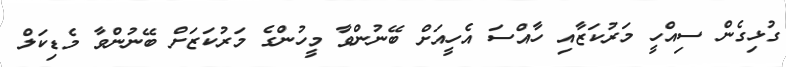
ގުޅިގެން ސިއްހީ މަރުކަޒާއި ހާއްސަ އެހީއަށް ބޭނުންވާ މީހުންގެ މަރުކަޒަށް ބޭނުންވާ މެޑިކަލް